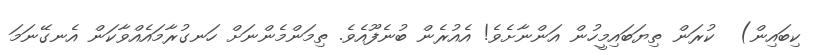
ކިބައިން)  ކުރަން ތިޔަބައިމީހުން އަންނާށެވެ! އެއުރެން ބުނެފޫއެވެ. ތިމަންމެންނަށް ހަނގުރާމައެއްވާކަން އެނގޭނަމަ